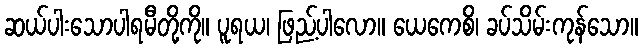
ဆယ်ပါးသောပါရမီတို့ကို။ ပူရယ၊ ဖြည့်ပါလော။ ယေကေစိ၊ ခပ်သိမ်းကုန်သော။